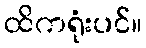
ထိကရုံးပင်။